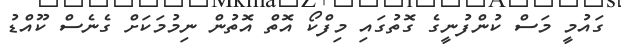
ގައުމީ މަސް ކުންފުނީގެ ގޮތުގައި މިފްކޯ އޮތް އޮތުން ނިމުމަކަށް ގެނެސް ކޫއްޑު